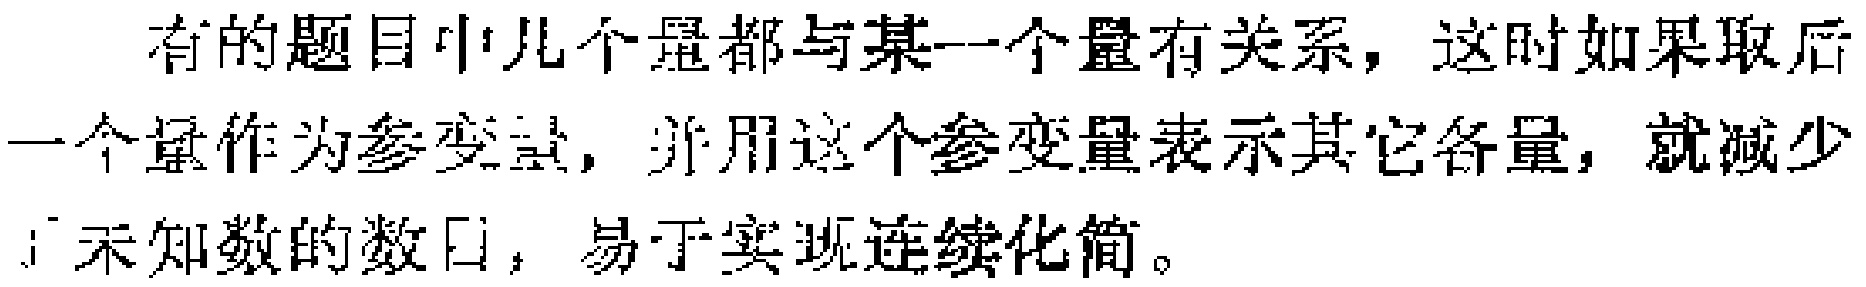
有的题目中几个量都与某一个量有关系，这时如果取后一个量作为参变量，并用这个参变量表示其它各量，就减少了未知数的数目，易于实现连续化简。